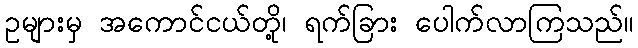
ဥများမှ အကောင်ငယ်တို့၊ ရက်ခြား ပေါက်လာကြသည်။